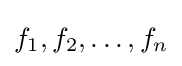
f_{1},f_{2},\ldots ,f_{n}